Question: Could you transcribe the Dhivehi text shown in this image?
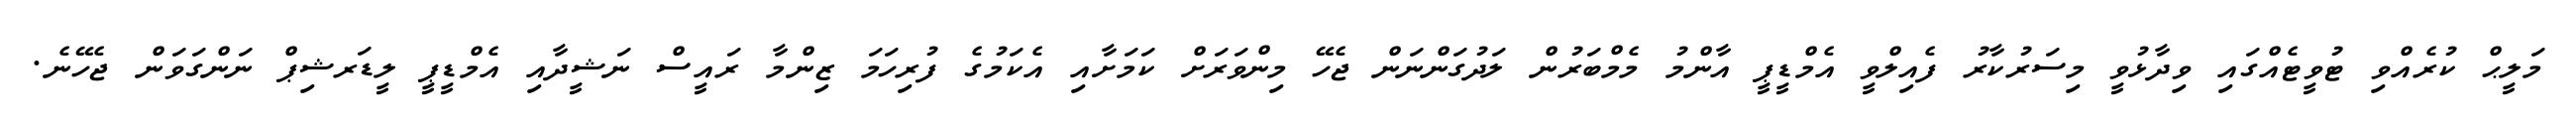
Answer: މަލީޙް ކުރެއްވި ޓުވީޓެއްގައި ވިދާޅުވީ މިސަރުކާރު ފެއިލްވީ އެމްޑީޕީ އާންމު މެމްބަރުން ލަދުގަންނަން ޖެހޭ މިންވަރަށް ކަމަށާއި އެކަމުގެ ފުރިހަމަ ޒިންމާ ރައީސް ނަޝީދާއި އެމްޑީޕީ ލީޑަރޝިޕް ނަންގަވަން ޖެހޭނެ.